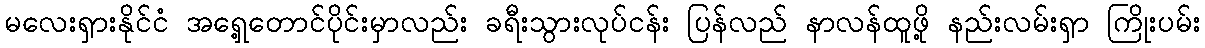
မလေးရှားနိုင်ငံ အရှေ့တောင်ပိုင်းမှာလည်း ခရီးသွားလုပ်ငန်း ပြန်လည် နာလန်ထူဖို့ နည်းလမ်းရှာ ကြိုးပမ်း